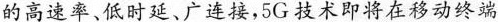
的高速率、低时延、广连接，5G技术即将在移动终端